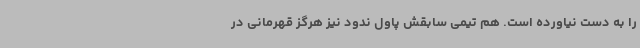
را به دست نیاورده است. هم تیمی سابقش پاول ندود نیز هرگز قهرمانی در